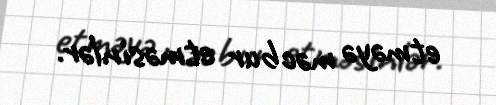
etməyə məcbur etməsinlər.